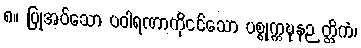
၈။ ပြုအပ်သော ပဝါရဏာကိုငင်သော ပစ္စုက္ကဍ္ဎနဉတ္တိကံ၊